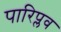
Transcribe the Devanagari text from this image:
पारिप्लव